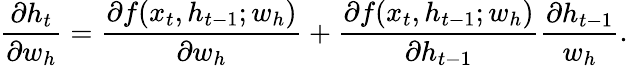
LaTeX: \frac{\partial h_{t}}{\partial w_{h}}=\frac{\partial f(x_{t},h_{t-1};w_{h})}{\partial w_{h}}+\frac{\partial f(x_{t},h_{t-1};w_{h})}{\partial h_{t-1}}\frac{\partial h_{t-1}}{w_{h}}.